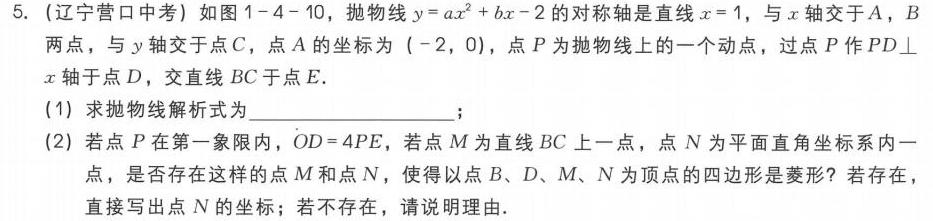
5. (辽宁营口中考) 如图1 - 4 - 10，抛物线\(y = ax^{2}+bx - 2\)的对称轴是直线\(x = 1\)，与\(x\)轴交于\(A\)，\(B\)两点，与\(y\)轴交于点\(C\)，点\(A\)的坐标为\(( - 2,0)\)，点\(P\)为抛物线上的一个动点，过点\(P\)作\(PD\perp x\)轴于点\(D\)，交直线\(BC\)于点\(E\).
(1) 求抛物线解析式为  ；
(2) 若点\(P\)在第一象限内，\(OD = 4PE\)，若点\(M\)为直线\(BC\)上一点，点\(N\)为平面直角坐标系内一点，是否存在这样的点\(M\)和点\(N\)，使得以点\(B\)、\(D\)、\(M\)、\(N\)为顶点的四边形是菱形？若存在，直接写出点\(N\)的坐标；若不存在，请说明理由.